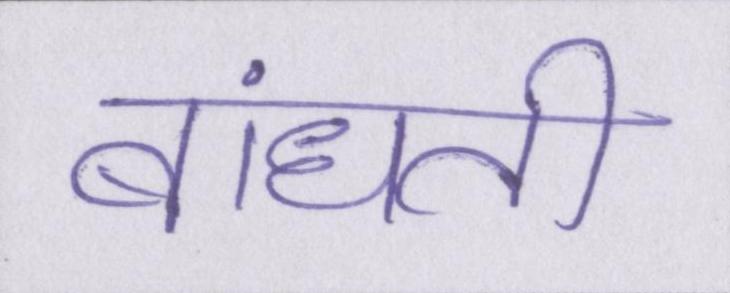
बांधती